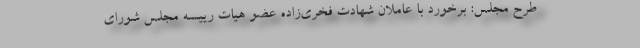
طرح مجلس: برخورد با عاملان شهادت فخری‌زاده عضو هیات رییسه مجلس شورای